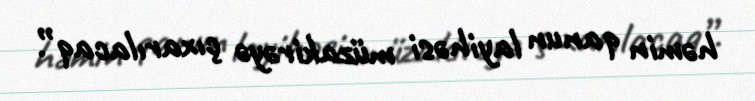
həmin qanun layihəsi müzakirəyə çıxarılacaq”.